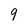
Character: 9